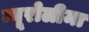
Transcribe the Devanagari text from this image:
न्यूरोलीमा